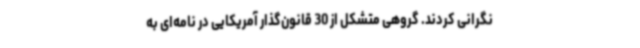
نگرانی کردند. گروهی متشکل از 30 قانون‌گذار آمریکایی در نامه‌ای به